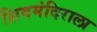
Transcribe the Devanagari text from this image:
शिवमंदिराला